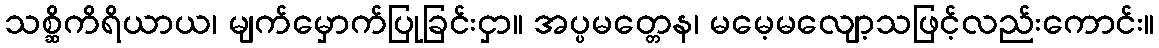
သစ္ဆိကိရိယာယ၊ မျက်မှောက်ပြုခြင်းငှာ။ အပ္ပမတ္တေန၊ မမေ့မလျော့သဖြင့်လည်းကောင်း။